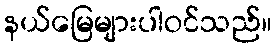
နယ်မြေများပါဝင်သည်။